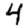
Digit: 4